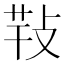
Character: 𢽁